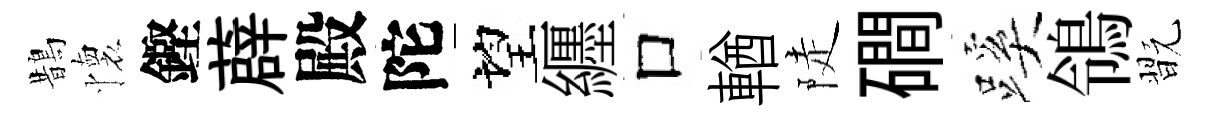
鵲懷鏗薜殿陀望纒口輶陡磵蹊鴒翫